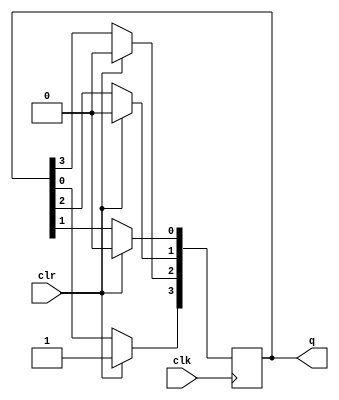
`timescale 1ns / 1ps
//////////////////////////////////////////////////////////////////////////////////
// Company: 
// Engineer: 
// 
// Design Name: 
// Module Name: Ring_counter
// Project Name: 
// Target Devices: 
// Tool Versions: 
// Description: 
// 
// Dependencies: 
// 
// Revision:
// Revision 0.01 - File Created
// Additional Comments:
// 
//////////////////////////////////////////////////////////////////////////////////


module Ring_counter(clk, clr, q);
    input clk;
    input clr;
    output reg [3:0] q;
    
    always @(posedge clk)
    begin
    if (clr == 1'b1)
    q <= 4'b1000; //count order 0
    
    else
    begin
    q[3]<=q[0];
    q[2]<=q[3];
    q[1]<=q[2];
    q[0]<=q[1];
    end
    end
endmodule